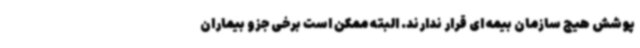
پوشش هیج سازمان بیمه ای قرار ندارند. البته ممکن است برخی جزو بیماران